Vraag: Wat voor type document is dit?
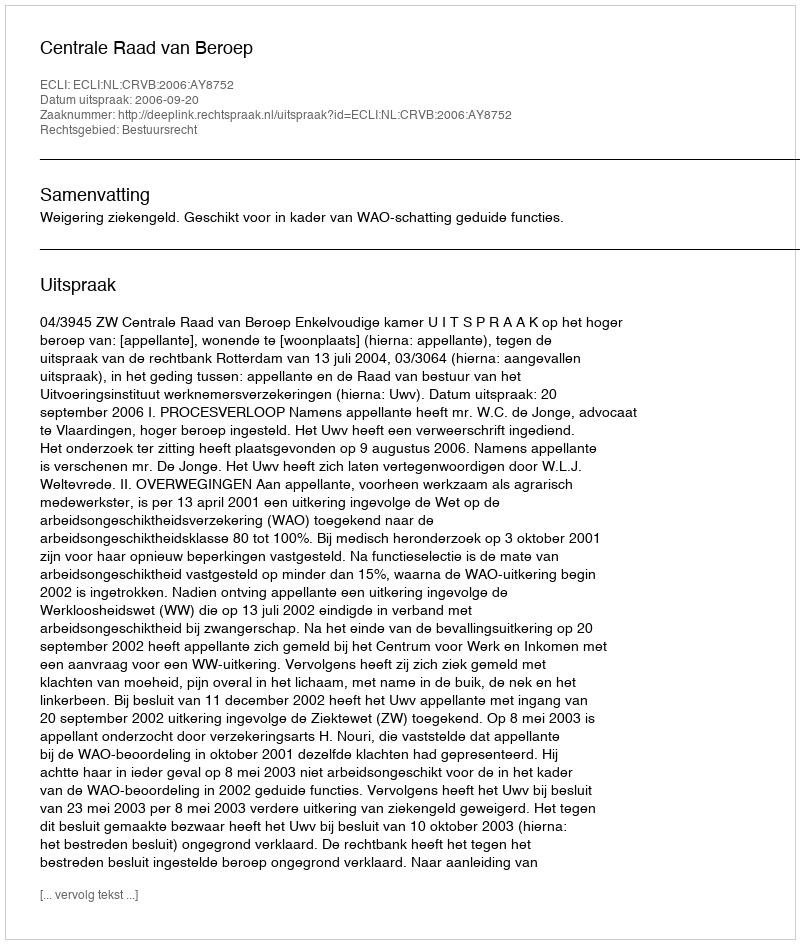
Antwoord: Uitspraak